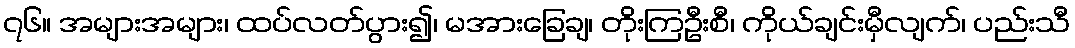
၇၆။ အများအများ၊ ထပ်လတ်ပွား၍၊ မအားခြေချ၊ တိုးကြဦးစီ၊ ကိုယ်ချင်းမှီလျက်၊ ပည်းသီ